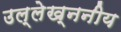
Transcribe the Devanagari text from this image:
उल्लेख्ननीय